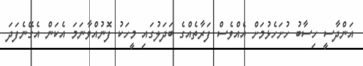
އަންދާސީ ހިސާބު ހުށަހެޅުމަށް އެއްވެސް ފަރާތެއްގެ ބަދަލުގައި މީހަކު ފޮނުއްވާނަމަ އެކަން އެގޭނެފަދަ